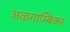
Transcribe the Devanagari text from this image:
अऴगाम्बिका